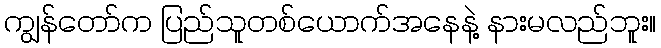
ကျွန်တော်က ပြည်သူတစ်ယောက်အနေနဲ့ နားမလည်ဘူး။